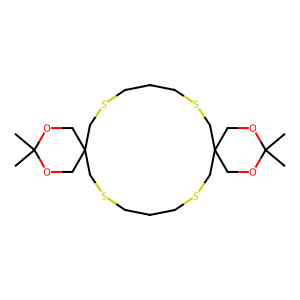
SMILES: CC1(C)OCC2(CO1)CSCCCSCC1(COC(C)(C)OC1)CSCCCSC2
Inhibits HIV replication: No